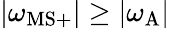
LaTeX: |\omega_{\mathrm{MS}+}|\geq|\omega_{\mathrm{A}}|